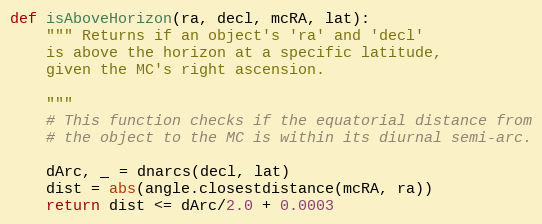
Language: Python
def isAboveHorizon(ra, decl, mcRA, lat):
    """ Returns if an object's 'ra' and 'decl'
    is above the horizon at a specific latitude,
    given the MC's right ascension.

    """
    # This function checks if the equatorial distance from
    # the object to the MC is within its diurnal semi-arc.

    dArc, _ = dnarcs(decl, lat)
    dist = abs(angle.closestdistance(mcRA, ra))
    return dist <= dArc/2.0 + 0.0003